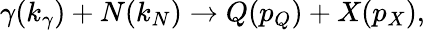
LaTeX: \gamma(k_{\gamma})+N(k_{N})\rightarrow Q(p_{Q})+X(p_{X}),